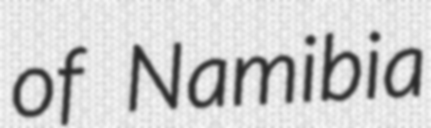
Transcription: of Namibia